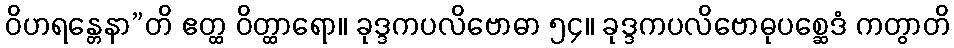
ဝိဟရန္တေနာ”တိ ဧတ္ထ ဝိတ္ထာရော။ ခုဒ္ဒကပလိဗောဓာ ၅၄။ ခုဒ္ဒကပလိဗောဓုပစ္ဆေဒံ ကတွာတိ